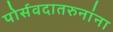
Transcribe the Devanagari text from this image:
पोर्सवदातरुनांना